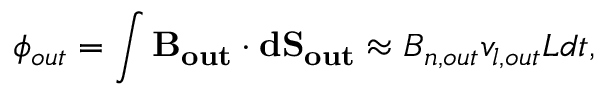
\phi _ { o u t } = \int \mathbf { B _ { o u t } } \cdot \mathbf { d S _ { o u t } } \approx B _ { n , o u t } v _ { l , o u t } L d t ,